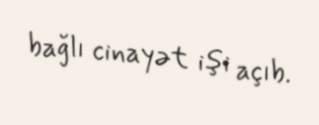
bağlı cinayət işi açıb.